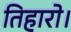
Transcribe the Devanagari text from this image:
तिहारो।